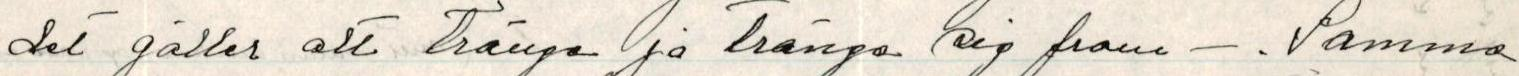
det gäller att trängs ja trängs sig fram - . Samma